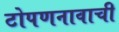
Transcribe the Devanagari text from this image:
टोपणनावाची